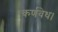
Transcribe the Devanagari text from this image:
कर्णवेध।